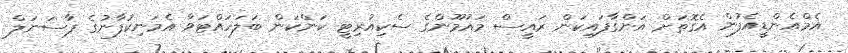
އެމްއެންޑީއެފުން އެގޮތަށް އަންގާފައިކަން ރައީސް މައުމޫންގެ ސެކިއުރިޓީ ކަންކަން ބަލަހައްޓަވާ އެމަނިކުފާނުގެ ޕާސަނަލް